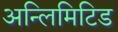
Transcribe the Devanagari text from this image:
अन्लिमिटिड